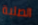
الصلبة